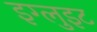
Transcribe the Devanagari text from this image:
इग्लुइट